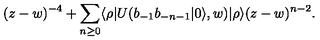
( z - w ) ^ { - 4 } + \sum _ { n \geq 0 } \langle \rho | U ( b _ { - 1 } b _ { - n - 1 } | 0 \rangle , w ) | \rho \rangle ( z - w ) ^ { n - 2 } .